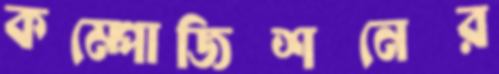
কম্পোজিশনের